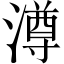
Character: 澊